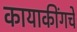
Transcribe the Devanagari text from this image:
कायाकींगचे